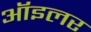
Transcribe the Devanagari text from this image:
ऑइलर